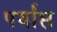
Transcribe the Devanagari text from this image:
पर्यांप्त